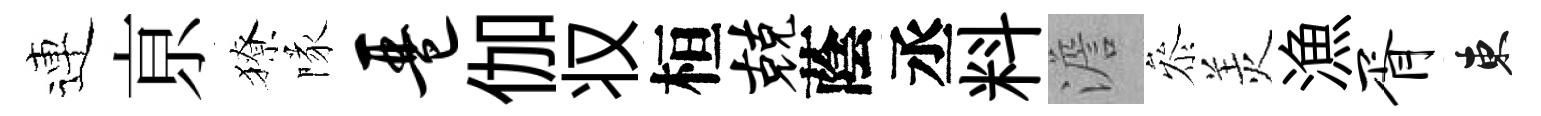
連亰獠隊琶伽𠬧桓兢蔭丞料澹叅羙漁胥東